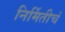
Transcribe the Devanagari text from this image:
निर्मितीचं